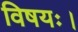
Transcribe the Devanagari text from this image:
विषयः।